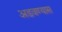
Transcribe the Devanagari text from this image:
अडवण्यास